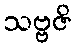
သဗ္ဗဇိ